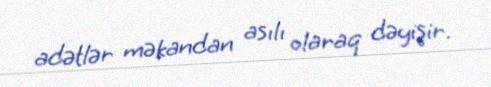
adətlər məkandan asılı olaraq dəyişir.